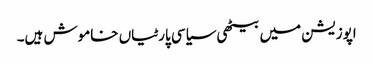
اپوزیشن میں بیٹھی سیاسی پارٹیاں خاموش ہیں۔